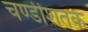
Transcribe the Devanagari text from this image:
चण्डीशतक